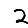
Digit: 2